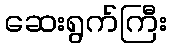
ဆေးရွက်ကြီး